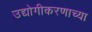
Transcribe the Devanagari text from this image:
उद्योगीकरणाच्या